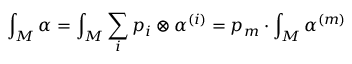
\int _ { M } \alpha = \int _ { M } \sum _ { i } p _ { i } \otimes \alpha ^ { ( i ) } = p _ { m } \cdot \int _ { M } \alpha ^ { ( m ) }